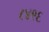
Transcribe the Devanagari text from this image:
८४९६